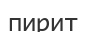
пирит